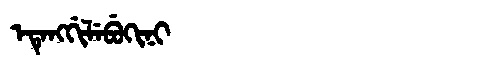
Manchu: ᡝᡨᡝᠩᡤᡳᠯᡝᠪᡠᡴᡳᠨᡳ
Romanization: ETENGGILEBUKINI